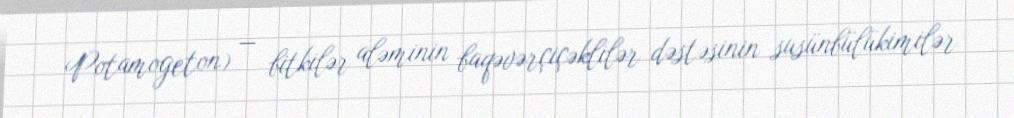
Potamogeton) — bitkilər aləminin baqəvərçiçəklilər dəstəsinin susünbülükimilər